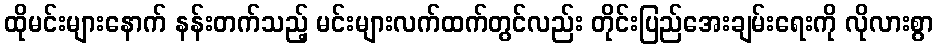
ထိုမင်းများနောက် နန်းတက်သည့် မင်းများလက်ထက်တွင်လည်း တိုင်းပြည်အေးချမ်းရေးကို လိုလားစွာ